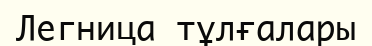
Легница тұлғалары